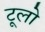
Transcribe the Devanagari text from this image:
टूलो